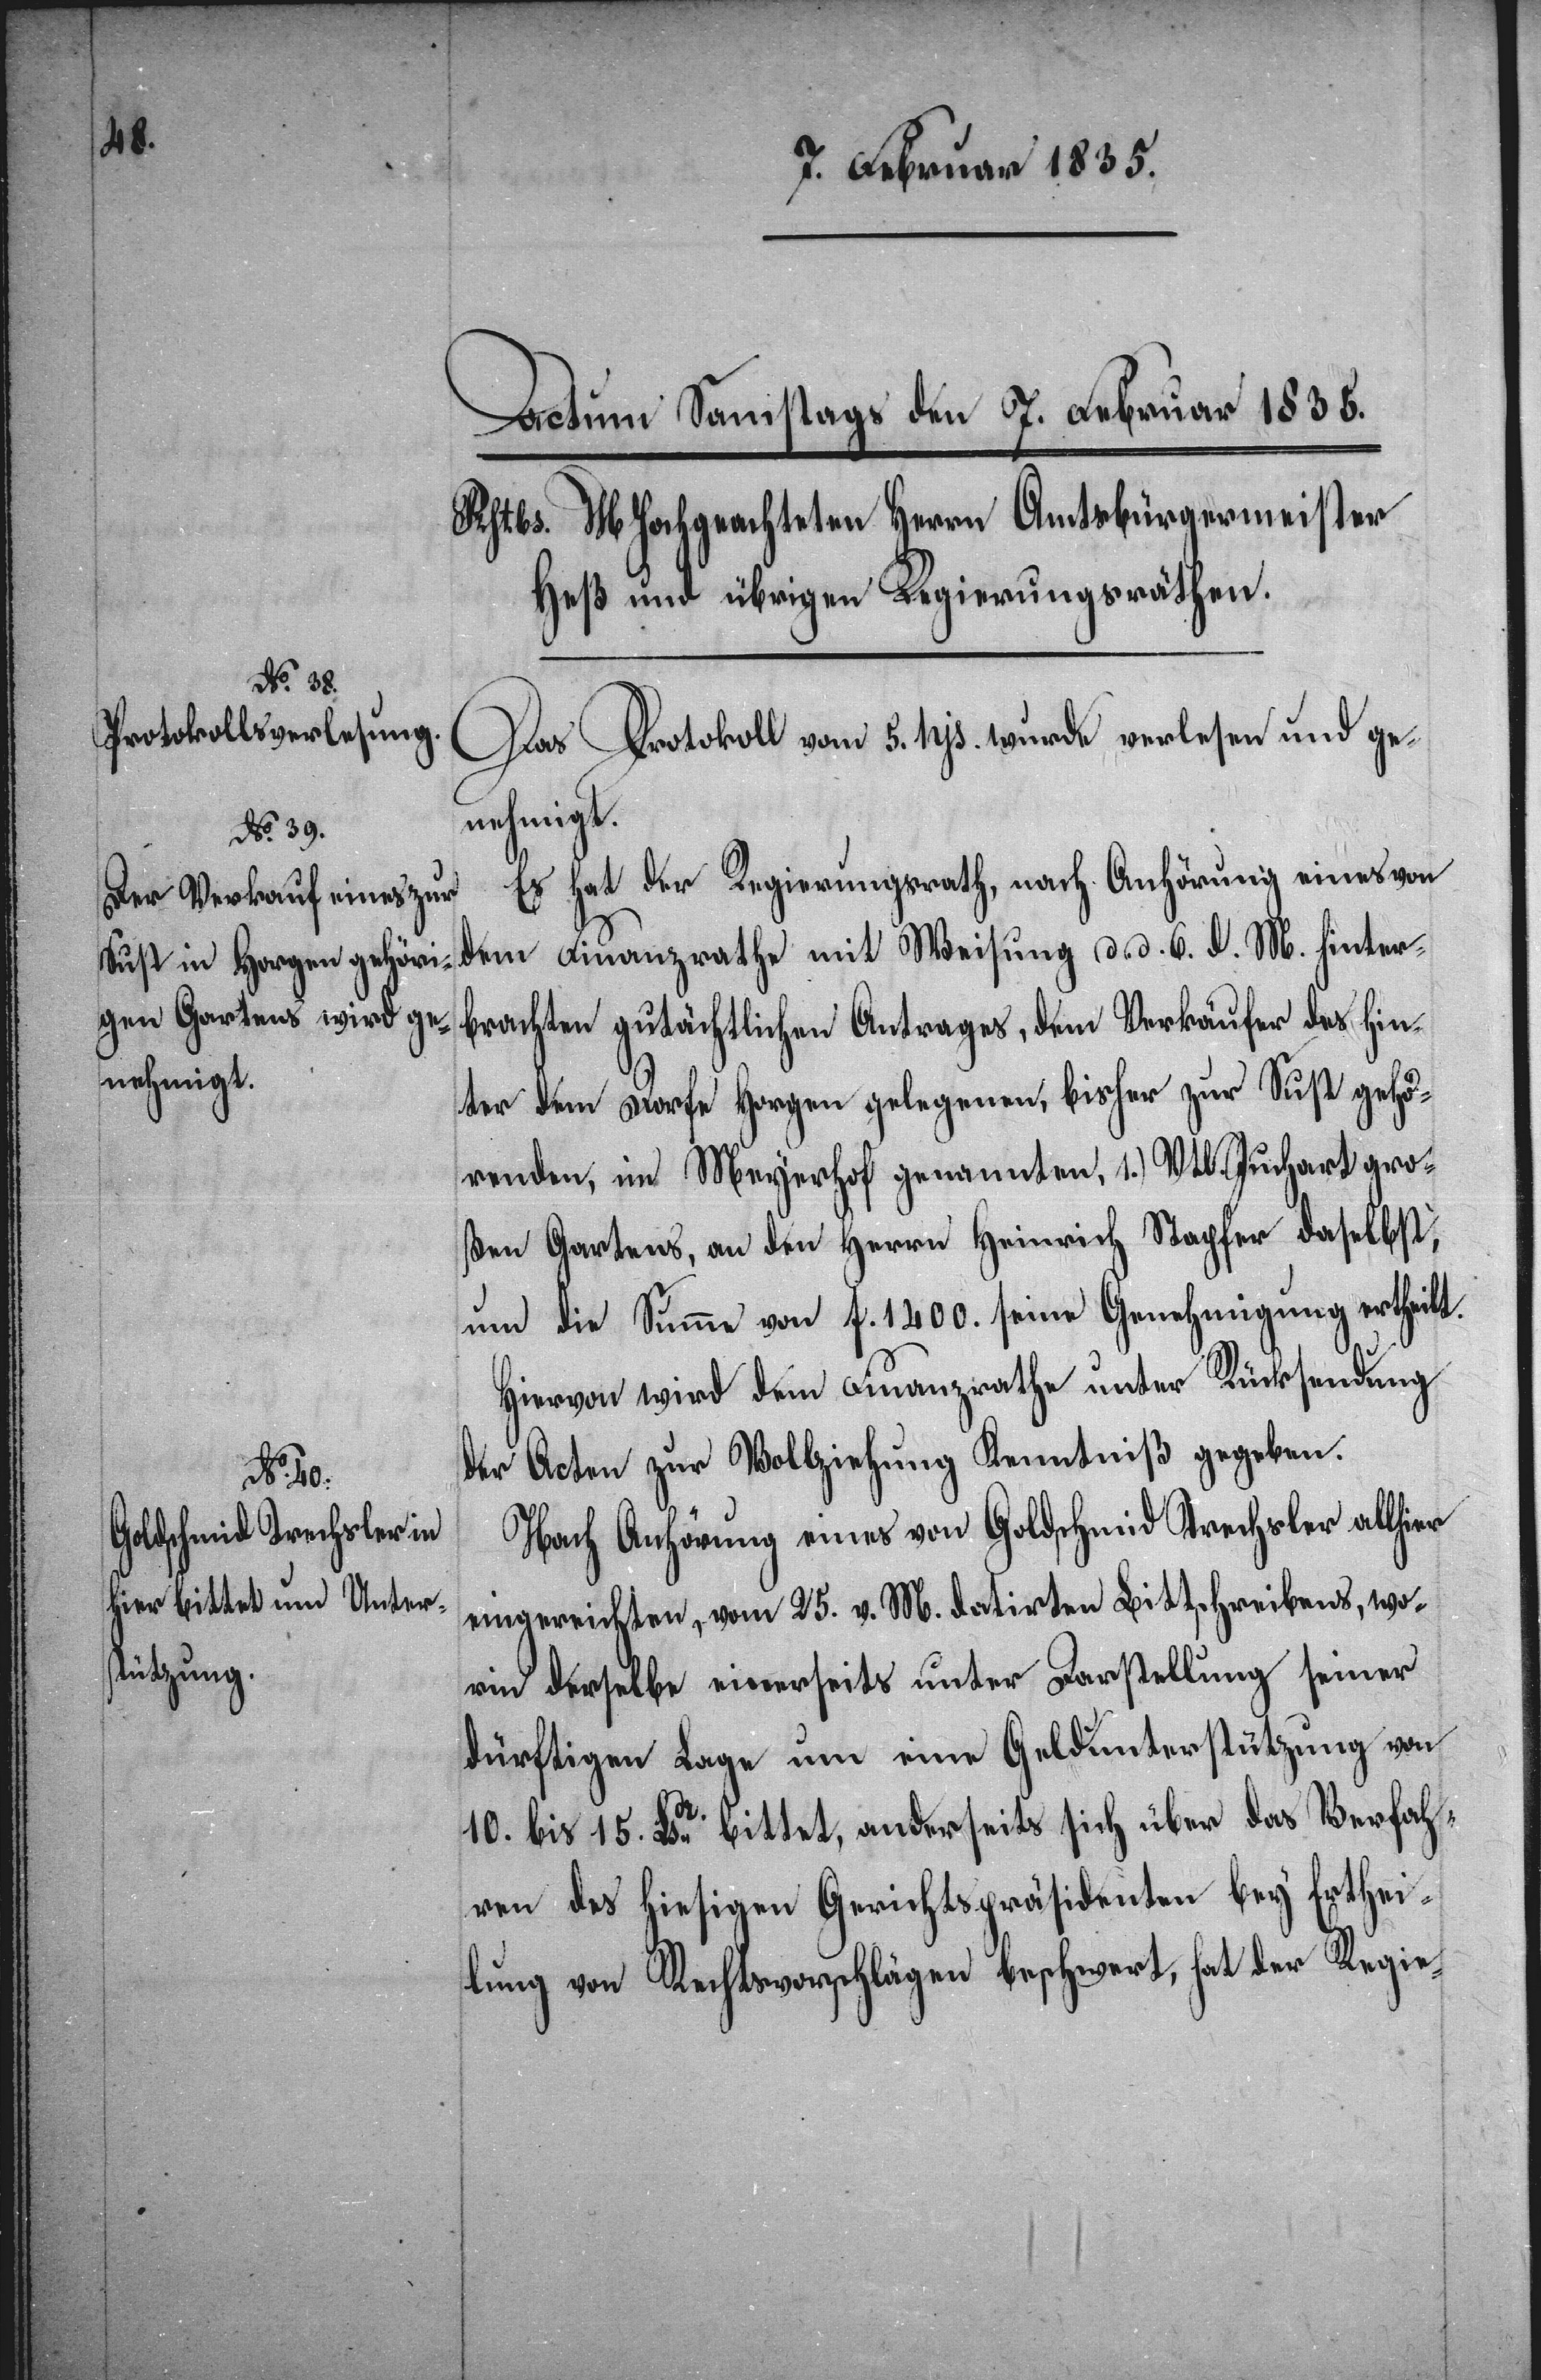
Das Protokoll vom 5. hjs. wurde verlesen und ge¬
nehmigt.
Es hat der Regierungsrath, nach Anhörung eines von
dem Finanzrathe mit Weisung d. d. 6. d. M. hinter¬
brachten gutächtlichen Antrages, dem Verkäufer des hin¬
ter dem Dorfe Horgen gelegenen, bisher zur Sust gehö¬
renden, im Meyerhof genannten, 1.) Vtl. Juchart gro¬
ßen Gartens, an den Herrn Heinrich Stapfer daselbst,
um die Summe von f. 1400. seine Genehmigung ertheilt.
Hiervon wird dem Finanzrathe unter Rücksendung
der Acten zur Vollziehung Kenntniß gegeben.
Nach Anhörung eines von Goldschmid Trechsler allhier
eingereichten, vom 25. v. M. datirten Bittschreibens, wo¬
rin derselbe einerseits unter Darstellung seiner
dürftigen Lage um eine Geldunterstützung von
10. bis 15. Lsdr. bittet, anderseits sich über das Verfah¬
ren des hiesigen Gerichtspräsidenten bey Erthei¬
lung von Rechtsvorschlägen beschwert, hat der Regie-